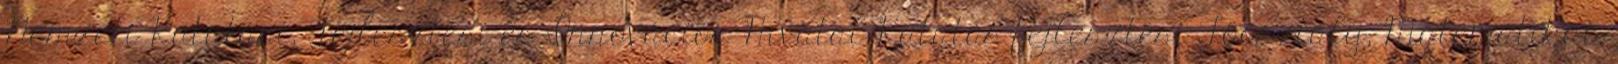
Nemzeti Kutatási, Fejlesztési és Innovációs Hivatal Kutatás-fejlesztési Főosztály, Matematikai,